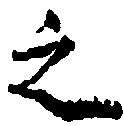
之